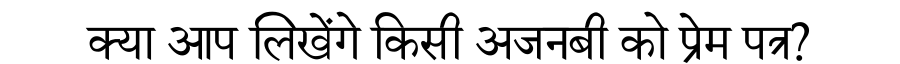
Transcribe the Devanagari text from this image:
क्या आप लिखेंगे किसी अजनबी को प्रेम पत्र?